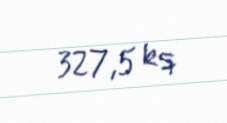
327,5 kq